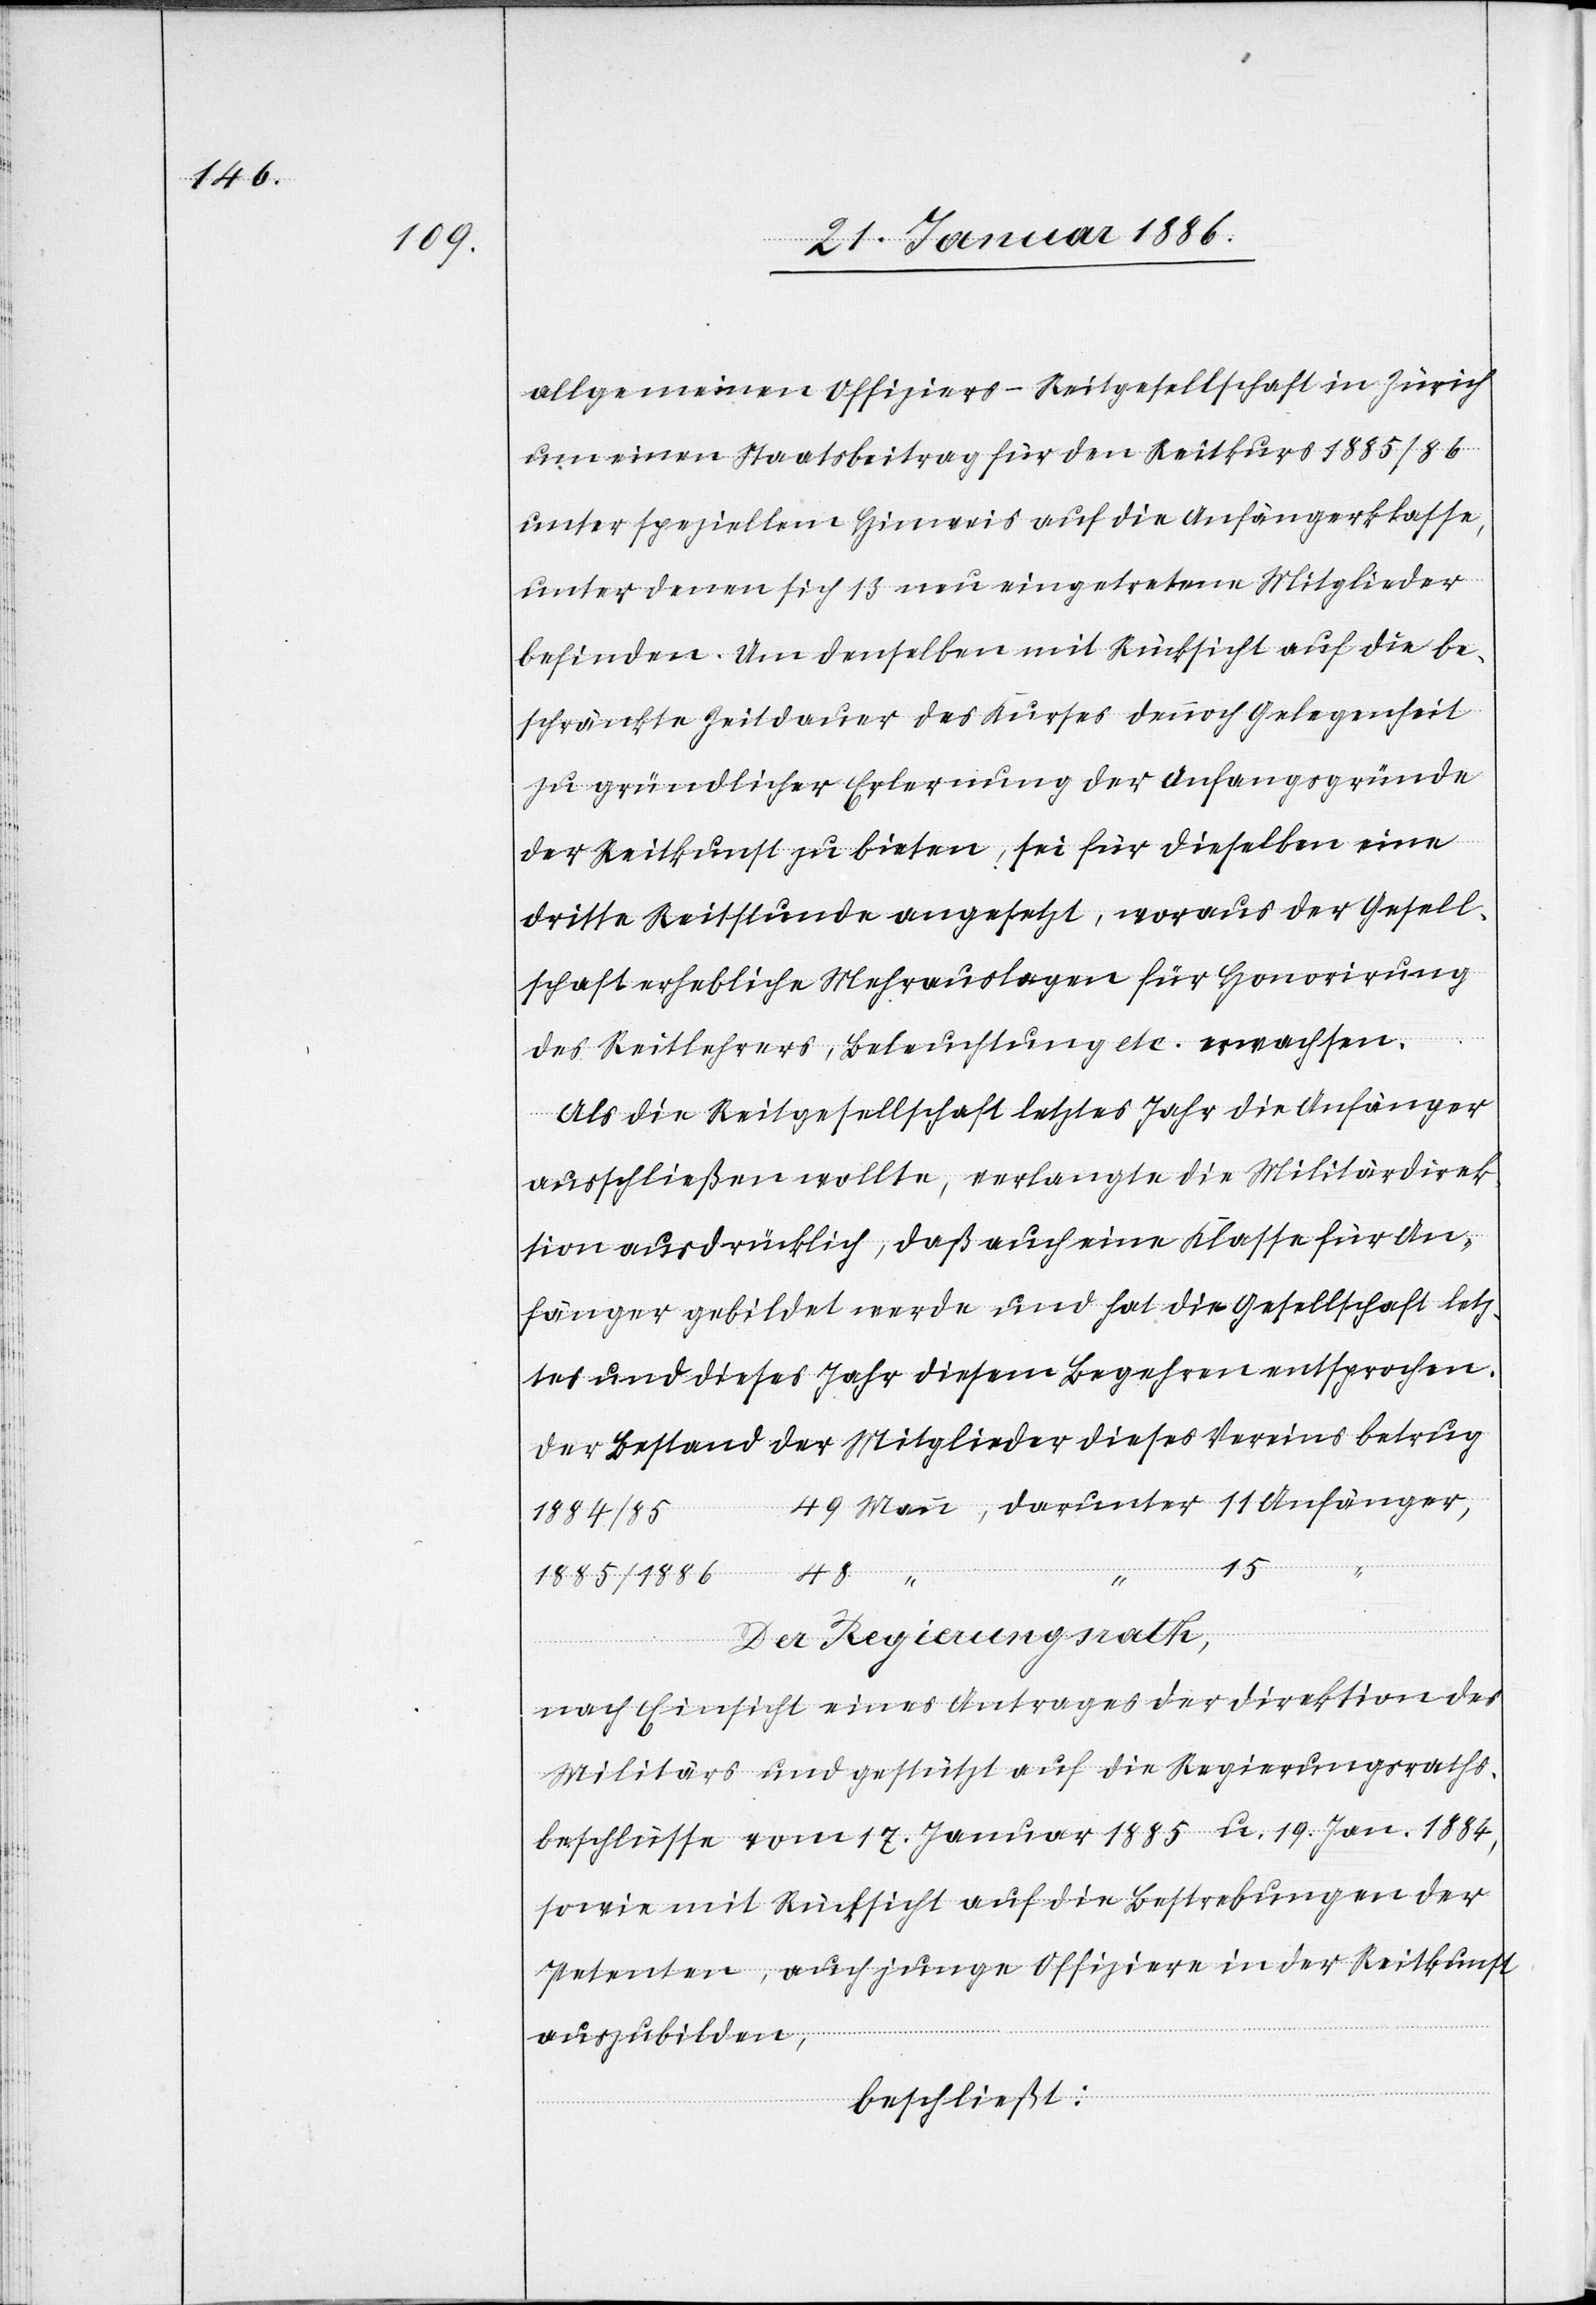
Anfän¬
allgemeinen Offiziers-Reitgesellschaft in Zürich
um einen Staatsbeitrag für den Reitkurs 1885/86
unter speziellen Hinweis auf die Anfängerklasse,
unter denen sich 13 neu eingetretene Mitglieder
befinden. Um denselben mit Rücksicht auf die be¬
schränkte Zeitdauer des Kurses dennoch Gelegenheit
zu gründlicher Erlernung der Anfangsgründe
der Reitkunst zu bieten, sei für dieselben eine
dritte Reitstunde angesetzt, woraus der Gesell¬
schaft erhebliche Mehrauslagen für Honorirung
des Reitlehrer, Beleuchtung etc. erwachsen.
Als die Reitgesellschaft letztes Jahr die Anfänger
ausschließen wollte, verlangte die Militärdirek¬
tion ausdrücklich, daß auch eine Klasse für An¬
fänger gebildet werde und hat die Gesellschaft letz¬
tes und dieses Jahr diesem Begehren entsprochen.
Der Bestand der Mitglieder dieses Vereins betrug
ger
1885/1886
15
48
Der Regierungsrath,
nach Einsicht eines Antrages der Direktion des
Militärs und gestützt auf die Regierungsraths¬
beschlüsse vom 17. Januar 1885 u. 19. Jan. 1884,
sowie mit Rücksicht auf die Bestrebungen der
Petenten, auch junge Offiziere in der Reitkunst
auszubilden,
beschließt: